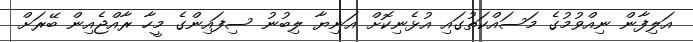
އަލިފާން ނިއްވުމުގެ މަސައްކަތުގައި އުޅެނިކޮށް އަނިޔާ ލިބުނު ސިފައިންގެ މީހާ ރާއްޖެއިން ބޭރަށް